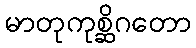
မာတုကုစ္ဆိဂတော